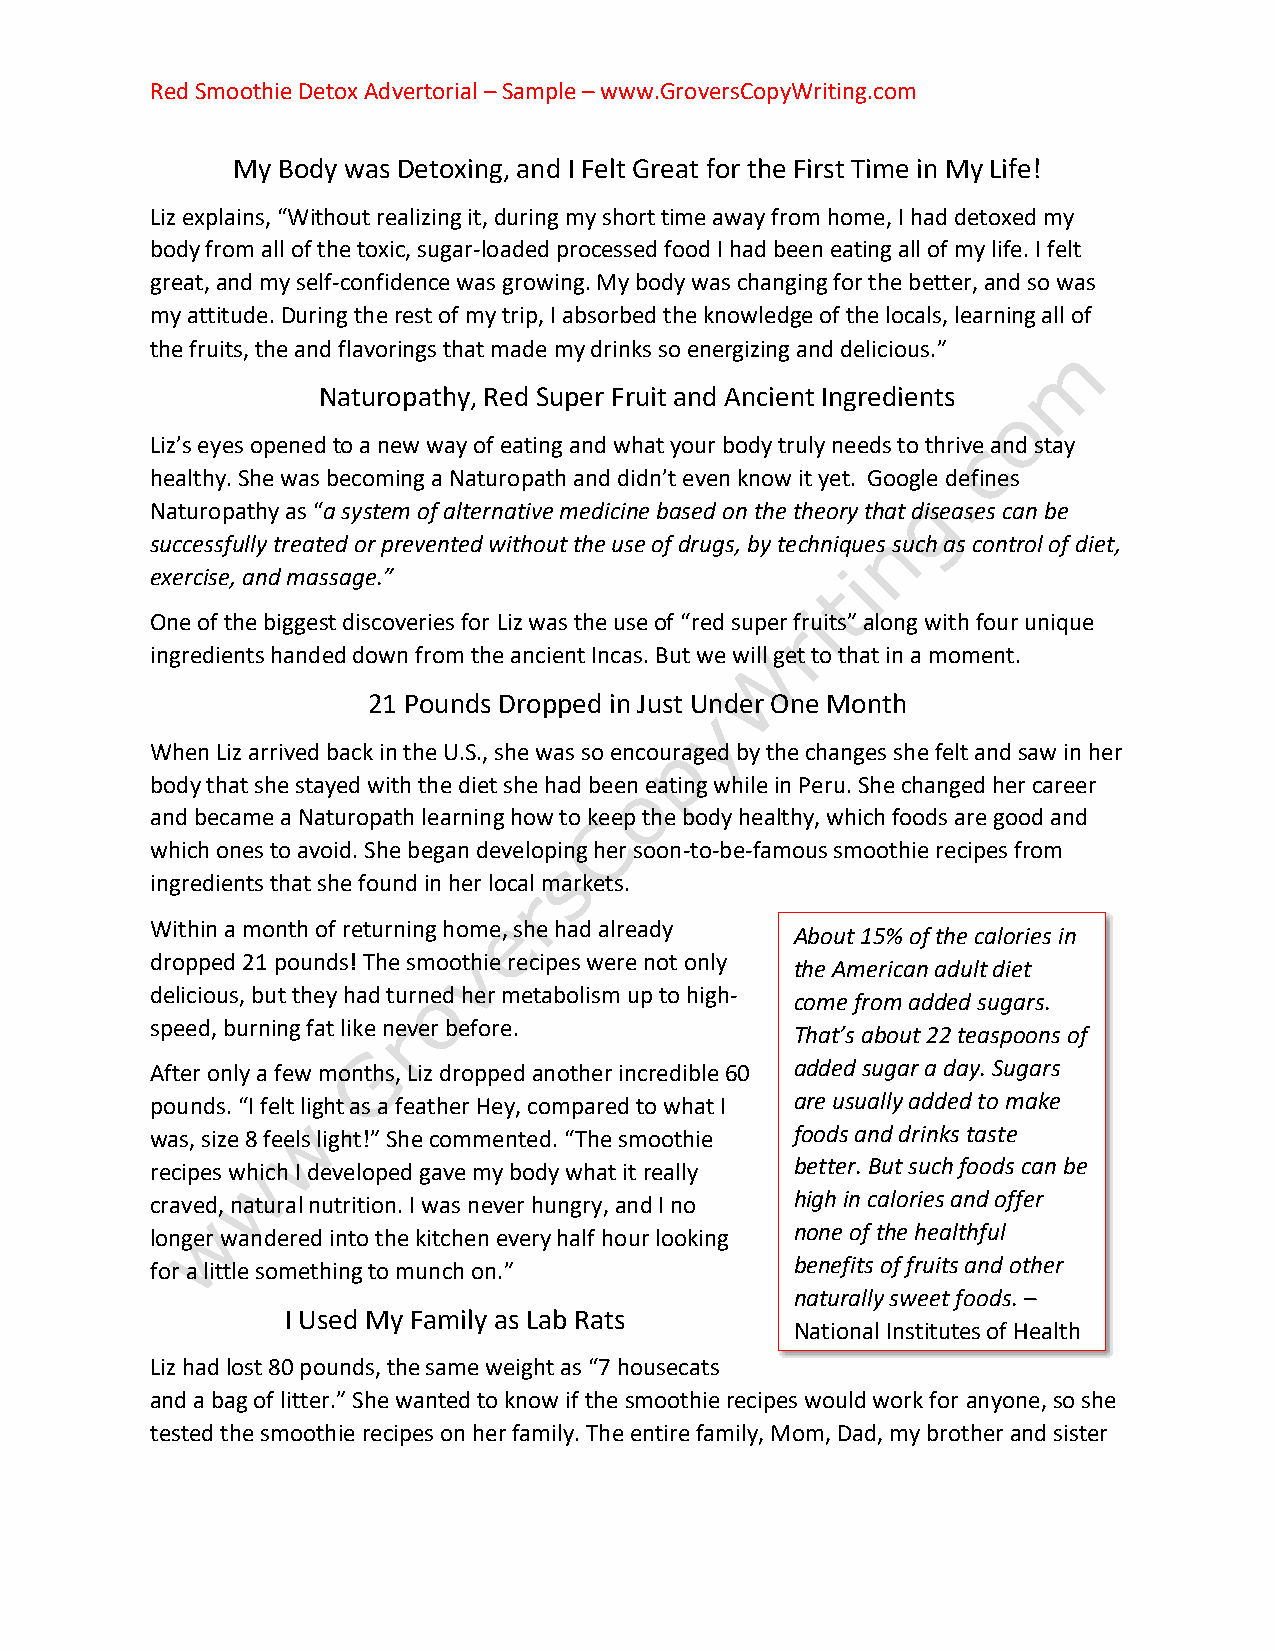
Red Smoothie Detox Advertorial – Sample – www.GroversCopyWriting.com
 My Body was Detoxing, and I Felt Great for the First Time in My Life!
 Liz explains, “Without realizing it, during my short time away from home, I had detoxed my
 body from all of the toxic, sugar-loaded processed food I had been eating all of my life. I felt
 great, and my self-confidence was growing. My body was changing for the better, and so was
 my attitude. During the rest of my trip, I absorbed the knowledge of the locals, learning all of
 the fruits, the and flavorings that made my drinks so energizing and delicious.”
 Naturopathy, Red Super Fruit and Ancient Ingredients
 Liz’s eyes opened to a new way of eating and what your body truly needs to thrive and stay
 healthy. She was becoming a Naturopath and didn’t even know it yet. Google defines
 Naturopathy as “a system of alternative medicine based on the theory that diseases can be
 successfully treated or prevented without the use of drugs, by techniques such as control of diet,
 exercise, and massage.”
 One of the biggest discoveries for Liz was the use of “red super fruits” along with four unique
 ingredients handed down from the ancient Incas. But we will get to that in a moment.
 21 Pounds Dropped in Just Under One Month
 When Liz arrived back in the U.S., she was so encouraged by the changes she felt and saw in her
 body that she stayed with the diet she had been eating while in Peru. She changed her career
 and became a Naturopath learning how to keep the body healthy, which foods are good and
 which ones to avoid. She began developing her soon-to-be-famous smoothie recipes from
 ingredients that she found in her local markets.
 Within a month of returning home, she had already
 About 15% of the calories in
 dropped 21 pounds! The smoothie recipes were not only
 the American adult diet
 delicious, but they had turned her metabolism up to high-
 come from added sugars.
 speed, burning fat like never before.
 That’s about 22 teaspoons of
 After only a few months, Liz dropped another incredible 60 added sugar a day. Sugars
 pounds. “I felt light as a feather Hey, compared to what I are usually added to make
 was, size 8 feels light!” She commented. “The smoothie foods and drinks taste
 recipes which I developed gave my body what it really better. But such foods can be
 craved, natural nutrition. I was never hungry, and I no high in calories and offer
 longer wandered into the kitchen every half hour looking none of the healthful
 for a little something to munch on.”       benefits of fruits and other
 naturally sweet foods. –
 I Used My Family as Lab Rats
 National Institutes of Health
 Liz had lost 80 pounds, the same weight as “7 housecats
 and a bag of litter.” She wanted to know if the smoothie recipes would work for anyone, so she
 tested the smoothie recipes on her family. The entire family, Mom, Dad, my brother and sister